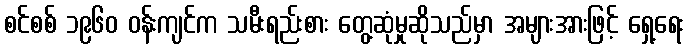
စင်စစ် ၁၉၆၀ ဝန်းကျင်က သမီးရည်းစား တွေ့ဆုံမှုဆိုသည်မှာ အများအားဖြင့် ရှေ့ရေး